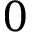
0